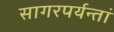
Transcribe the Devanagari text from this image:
सागरपर्यन्तां